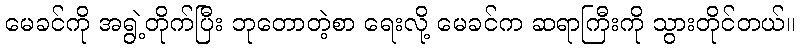
မေခင်ကို အရွဲ့တိုက်ပြီး ဘုတောတဲ့စာ ရေးလို့ မေခင်က ဆရာကြီးကို သွားတိုင်တယ်။